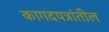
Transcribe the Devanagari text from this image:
कागदपत्रांतील